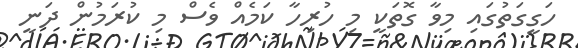
ހަގީގަތުގައި މިވާ ގޮތަކީ މި ހުރިހާ ކަމެއް ވެސް މި ކުރަމުން ދަނީ